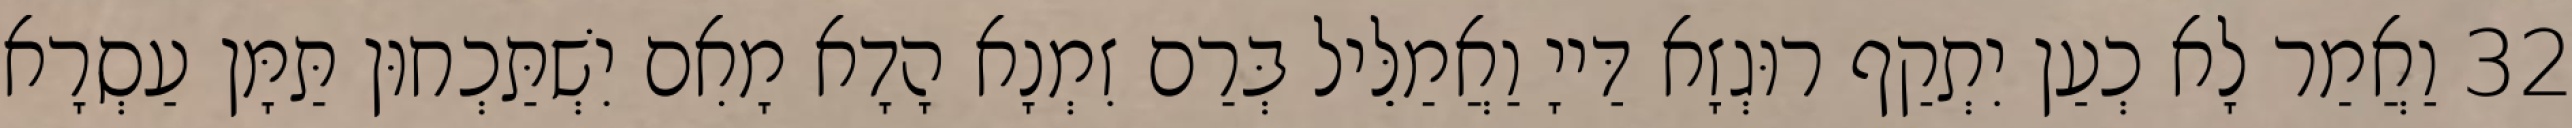
32 וַאֲמַר לָא כְעַן יִתְקַף רוּגְזָא דַּייָ וַאֲמַלֵּיל בְּרַם זִמְנָא הָדָא מָאִם יִשְׁתַּכְחוּן תַּמָּן עַסְרָא